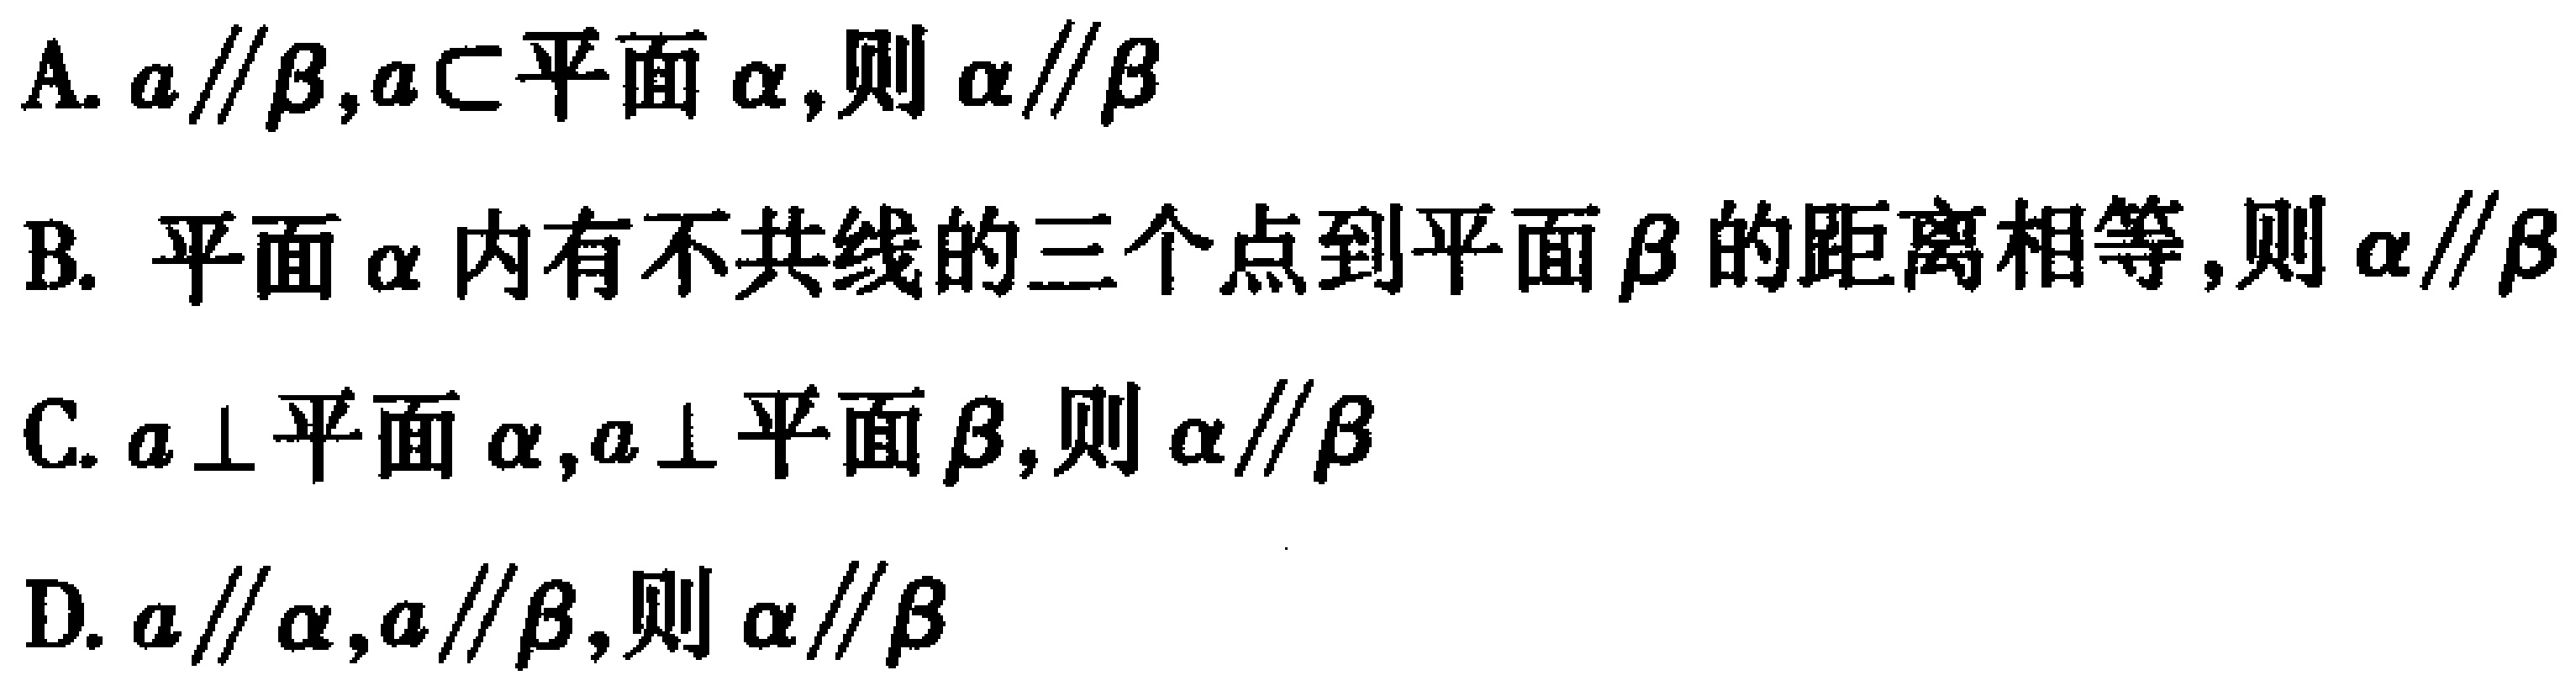
A. \(a\parallel\beta,a\subset\text{平面}\alpha,则\alpha\parallel\beta\)
B. 平面\(\alpha\)内有不共线的三个点到平面\(\beta\)的距离相等,则\(\alpha\parallel\beta\)
C. \(a\perp\text{平面}\alpha,a\perp\text{平面}\beta,则\alpha\parallel\beta\)
D. \(a\parallel\alpha,a\parallel\beta,则\alpha\parallel\beta\)